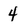
Character: 4